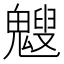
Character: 𩴍